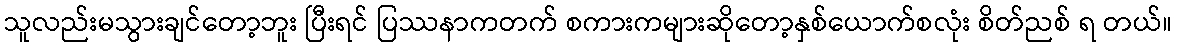
သူလည်းမသွားချင်တော့ဘူး ပြီးရင် ပြဿနာကတက် စကားကများဆိုတော့နှစ်ယောက်စလုံး စိတ်ညစ် ရ တယ်။